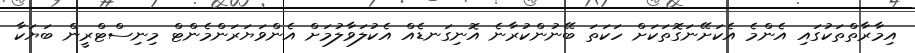
އިމާރާތްތަކުގައި އެންމެ އެކަށޭނަގޮތަކަށް ހަކަތަ ބޭނުންކުރާނެ އޮނިގަނޑެއް އެކުލަވާލުމަށް އެންވަޔަރަންމެންޓް މިނިސްޓްރީން ބަޔަކާ